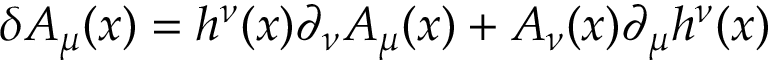
\delta A _ { \mu } ( x ) = h ^ { \nu } ( x ) \partial _ { \nu } A _ { \mu } ( x ) + A _ { \nu } ( x ) \partial _ { \mu } h ^ { \nu } ( x )